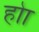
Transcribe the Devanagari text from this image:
होा